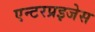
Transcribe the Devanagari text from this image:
एन्टरप्रइजेस